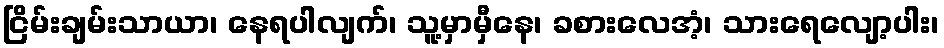
ငြိမ်းချမ်းသာယာ၊ နေရပါလျက်၊ သူ့မှာမှီနေ၊ ခစားလေအံ့၊ သားရေလျော့ပါး၊